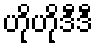
ဟိုဟိုဒီဒီ